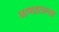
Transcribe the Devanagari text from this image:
गणातल्या